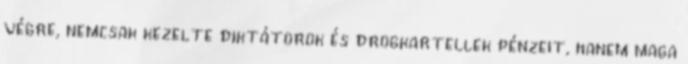
végre, nemcsak kezelte diktátorok és drogkartellek pénzeit, hanem maga